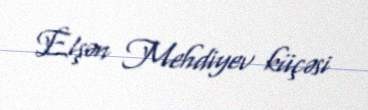
Elşən Mehdiyev küçəsi